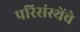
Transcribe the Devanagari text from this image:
परिसंस्थेंचे